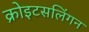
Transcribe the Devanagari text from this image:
क्रोइटसलिंगन